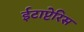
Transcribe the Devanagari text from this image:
ईटाप्टेरिस